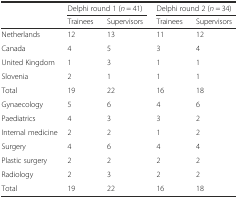
|  | <COLSPAN=2> Delphi round 1 (n = 41) | <COLSPAN=2> Delphi round 2 (n = 34) |
 |  | Trainees | Supervisors | Trainees | Supervisors |
 | --- | --- | --- | --- | --- |
 | Netherlands | 12 | 13 | 11 | 12 |
 | Canada | 4 | 5 | 3 | 4 |
 | United Kingdom | 1 | 3 | 1 | 1 |
 | Slovenia | 2 | 1 | 1 | 1 |
 | Total | 19 | 22 | 16 | 18 |
 | Gynaecology | 5 | 6 | 4 | 6 |
 | Paediatrics | 4 | 3 | 3 | 2 |
 | Internal medicine | 2 | 2 | 1 | 2 |
 | Surgery | 4 | 6 | 4 | 4 |
 | Plastic surgery | 2 | 2 | 2 | 2 |
 | Radiology | 2 | 3 | 2 | 2 |
 | Total | 19 | 22 | 16 | 18 |